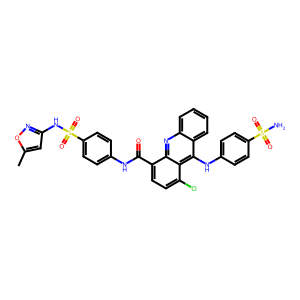
SMILES: Cc1cc(NS(=O)(=O)c2ccc(NC(=O)c3ccc(Cl)c4c(Nc5ccc(S(N)(=O)=O)cc5)c5ccccc5nc34)cc2)no1
Inhibits HIV replication: No